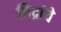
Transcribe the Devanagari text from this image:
छिद्रांचे